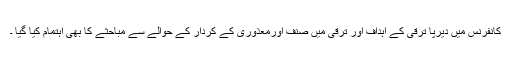
کانفرنس میں دیرپا ترقی کے اہداف اور ترقی میں صنف اورمعذوری کے کردار کے حوالے سے مباحثے کا بھی اہتمام کیا گیا ۔